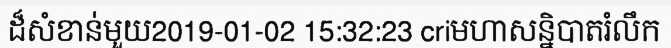
ដ៏សំខាន់មួយ2019-01-02 15:32:23 criមហាសន្និបាតរំលឹក